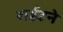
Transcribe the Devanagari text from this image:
राईटने